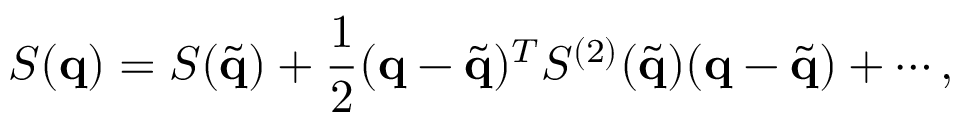
S ( \mathbf { q } ) = S ( \tilde { \mathbf { q } } ) + \frac { 1 } { 2 } ( \mathbf { q } - \tilde { \mathbf { q } } ) ^ { T } S ^ { ( 2 ) } ( \tilde { \mathbf { q } } ) ( \mathbf { q } - \tilde { \mathbf { q } } ) + \cdots ,